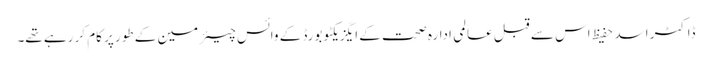
ڈاکٹر اسد حفیظ اس سے قبل عالمی ادارہ صحت کے ایگزیکٹو بورڈ کے وائس چیئرمین کے طور پر کام کر رہے تھے۔